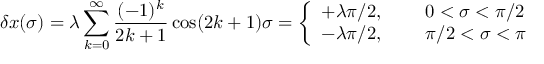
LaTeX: \delta x ( \sigma ) = \lambda \sum _ { k = 0 } ^ { \infty } \frac { ( - 1 ) ^ { k } } { 2 k + 1 } \cos ( 2 k + 1 ) \sigma = \left\{ \begin{array} { l l } { { + \lambda \pi / 2 , \; \; \; \; \; } } & { { 0 < \sigma < \pi / 2 } } \\ { { - \lambda \pi / 2 , \; \; \; \; \; } } & { { \pi / 2 < \sigma < \pi } } \end{array} \right.